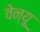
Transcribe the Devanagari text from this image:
वेन्यू